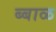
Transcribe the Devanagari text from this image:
ब्बाळ